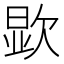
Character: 𪴯